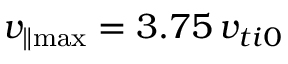
v _ { \parallel \operatorname* { m a x } } = 3 . 7 5 \, v _ { t i 0 }